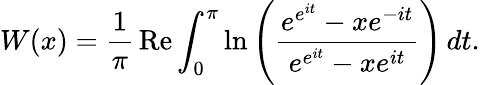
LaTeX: W(x)={\frac{1}{\pi}}\operatorname{Re}\int_{0}^{\pi}\ln\left({\frac{e^{e^{it}}-xe^{-it}}{e^{e^{it}}-xe^{it}}}\right)\, dt.